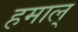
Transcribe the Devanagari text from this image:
हमाल्